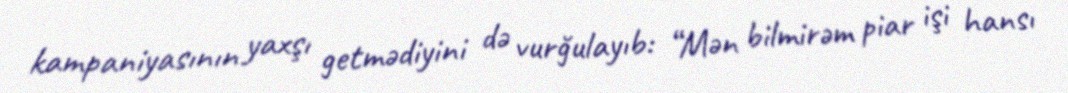
kampaniyasının yaxşı getmədiyini də vurğulayıb: “Mən bilmirəm piar işi hansı